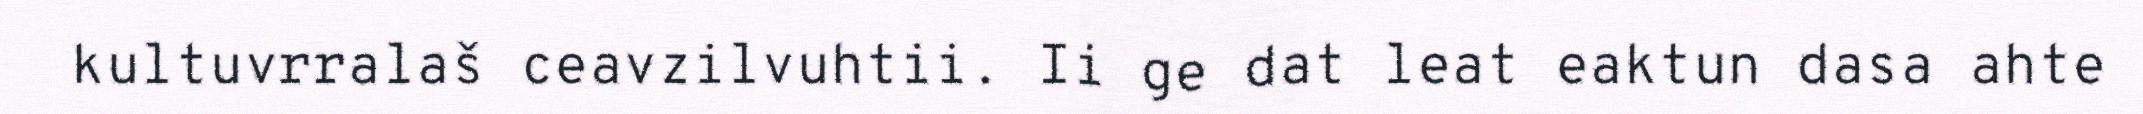
kultuvrralaš ceavzilvuhtii. Ii ge dat leat eaktun dasa ahte